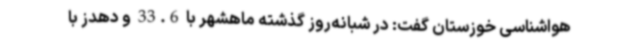
هواشناسی خوزستان گفت: در شبانه‌روز گذشته ماهشهر با 33.6 و دهدز با